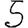
Digit: 5